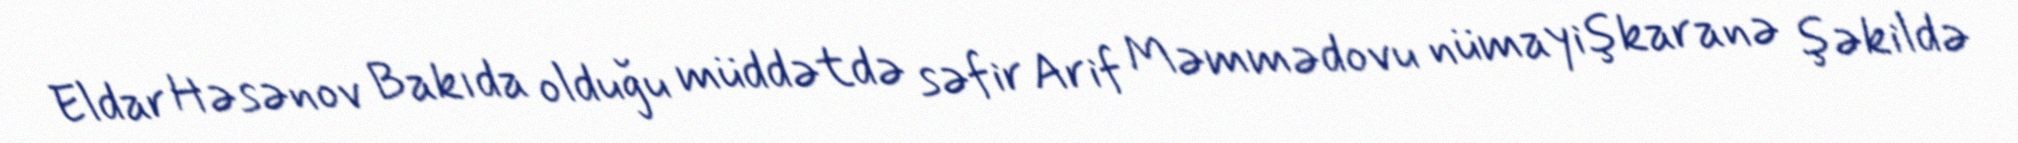
Eldar Həsənov Bakıda olduğu müddətdə səfir Arif Məmmədovu nümayişkaranə şəkildə